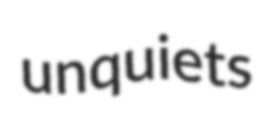
unquiets